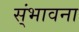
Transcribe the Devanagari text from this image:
स्ंभावना